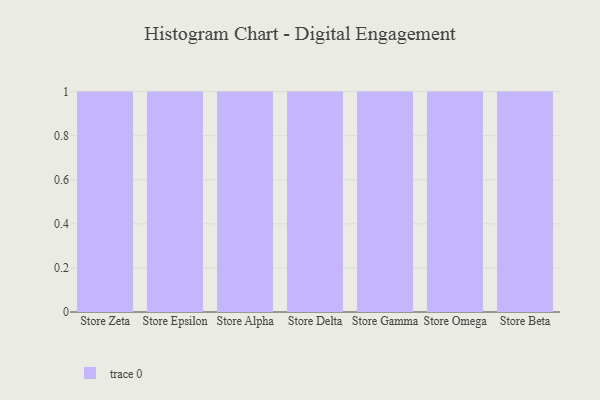
{"axis": {"x": "Store", "y": "Customer Acquisition Cost (USD)"}, "legend": [""], "data": [{"x": "Store Zeta", "y": 79, "type": ""}, {"x": "Store Epsilon", "y": 60, "type": ""}, {"x": "Store Alpha", "y": 21, "type": ""}, {"x": "Store Delta", "y": 56, "type": ""}, {"x": "Store Gamma", "y": 62, "type": ""}, {"x": "Store Omega", "y": 31, "type": ""}, {"x": "Store Beta", "y": 7, "type": ""}]}